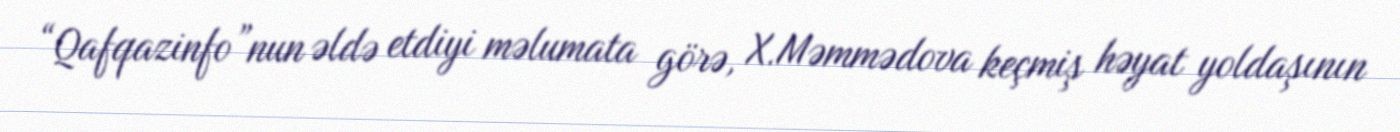
“Qafqazinfo”nun əldə etdiyi məlumata görə, X.Məmmədova keçmiş həyat yoldaşının